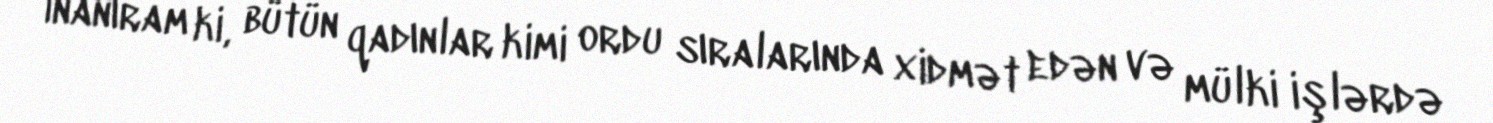
İnanıram ki, bütün qadınlar kimi ordu sıralarında xidmət edən və mülki işlərdə